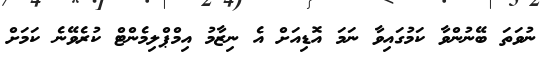
ނުވަތަ ބޭނުންވާ ކަމުގައިވާ ނަމަ އޮޑިއަށް އެ ނިޒާމު އިމްޕްލިމެންޓް ކުރެވޭނެ ކަމަށް